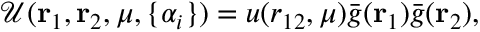
\mathcal { U } ( { \mathbf { r } _ { 1 } } , { \mathbf { r } _ { 2 } } , \mu , \{ \alpha _ { i } \} ) = u ( r _ { 1 2 } , \mu ) \bar { g } ( { \mathbf { r } _ { 1 } } ) \bar { g } ( { \mathbf { r } _ { 2 } } ) ,